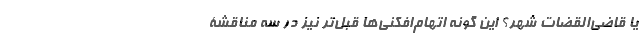
یا قاضی‌القضات شهر؟ این گونه اتهام‌افکنی‌ها قبل‌تر نیز در سه مناقشۀ